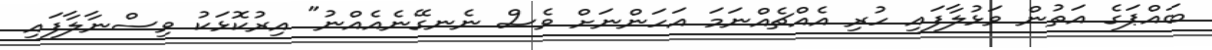
ބައްޕަގެ އަތުން ވަޅުލާފައި ހުރި އެއްޗެއްނަމަ އަހަންނަށް ވެސް ނެނގޭނެއެއްނު" އިރުކޮޅަކު ވިސްނާލާފައި